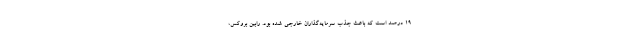
۱۹ درصد است که باعث جذب سرمایه‌گذاران خارجی شده بود. رابین بروکس،